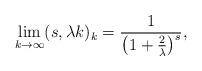
LaTeX: \begin{align*}\lim_{k\rightarrow\infty}(s,\lambda k)_{k}=\frac{1}{\left(1+\frac{2}{\lambda}\right)^{s}},\end{align*}